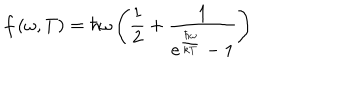
LaTeX: f \left( \omega , T \right) = \hbar \omega \left( \frac 1 2 + \frac 1 { e ^ { \frac { \hbar \omega } { k T } } - 1 } \right)